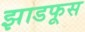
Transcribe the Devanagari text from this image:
झाडफूस